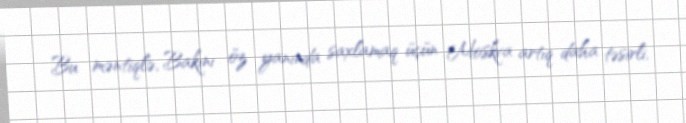
Bu məntiqlə, Bakını öz yanında saxlamaq üçün Moskva artıq daha təsirli,